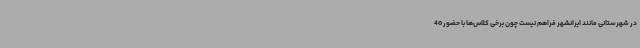
در شهرستانی مانند ایرانشهر فراهم نیست چون برخی کلاس‌ها با حضور 40